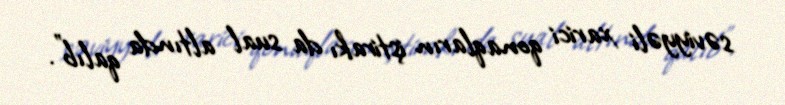
səviyyəli xarici qonaqların iştirakı da sual altında qalıb".